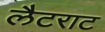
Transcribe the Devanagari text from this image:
लैटराट